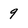
Character: 9